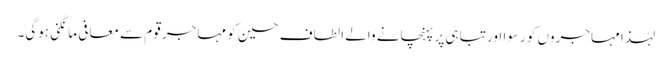
لہٰذا مہاجروں کو رسوا اور تباہی پر پہنچانے والے الطاف حسین کو مہاجر قوم سے معافی مانگنی ہوگی۔